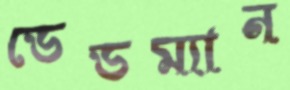
ডেডম্যান